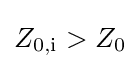
Z_{\mathrm {0,i} }>Z_{0}